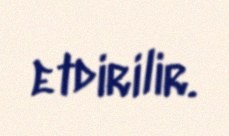
etdirilir.